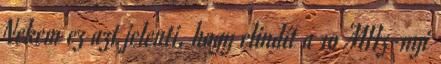
Nekem ez azt jelenti, hogy elindít a 10 MHz-nyi